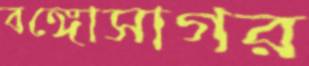
বঙ্গোসাগর